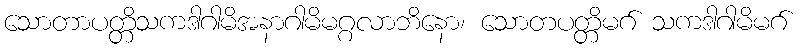
သောတာပတ္တိသကဒါဂါမိအနာဂါမိမဂ္ဂလာဘိနော၊ သောတပတ္တိမဂ် သကဒါဂါမိမဂ်